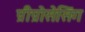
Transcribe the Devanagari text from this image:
प्रीप्रोसेसिंग